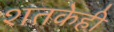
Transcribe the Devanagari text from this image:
शतकेही